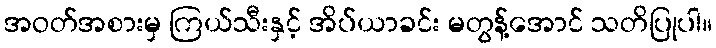
အဝတ်အစားမှ ကြယ်သီးနှင့် အိပ်ယာခင်း မတွန့်အောင် သတိပြုပါ။